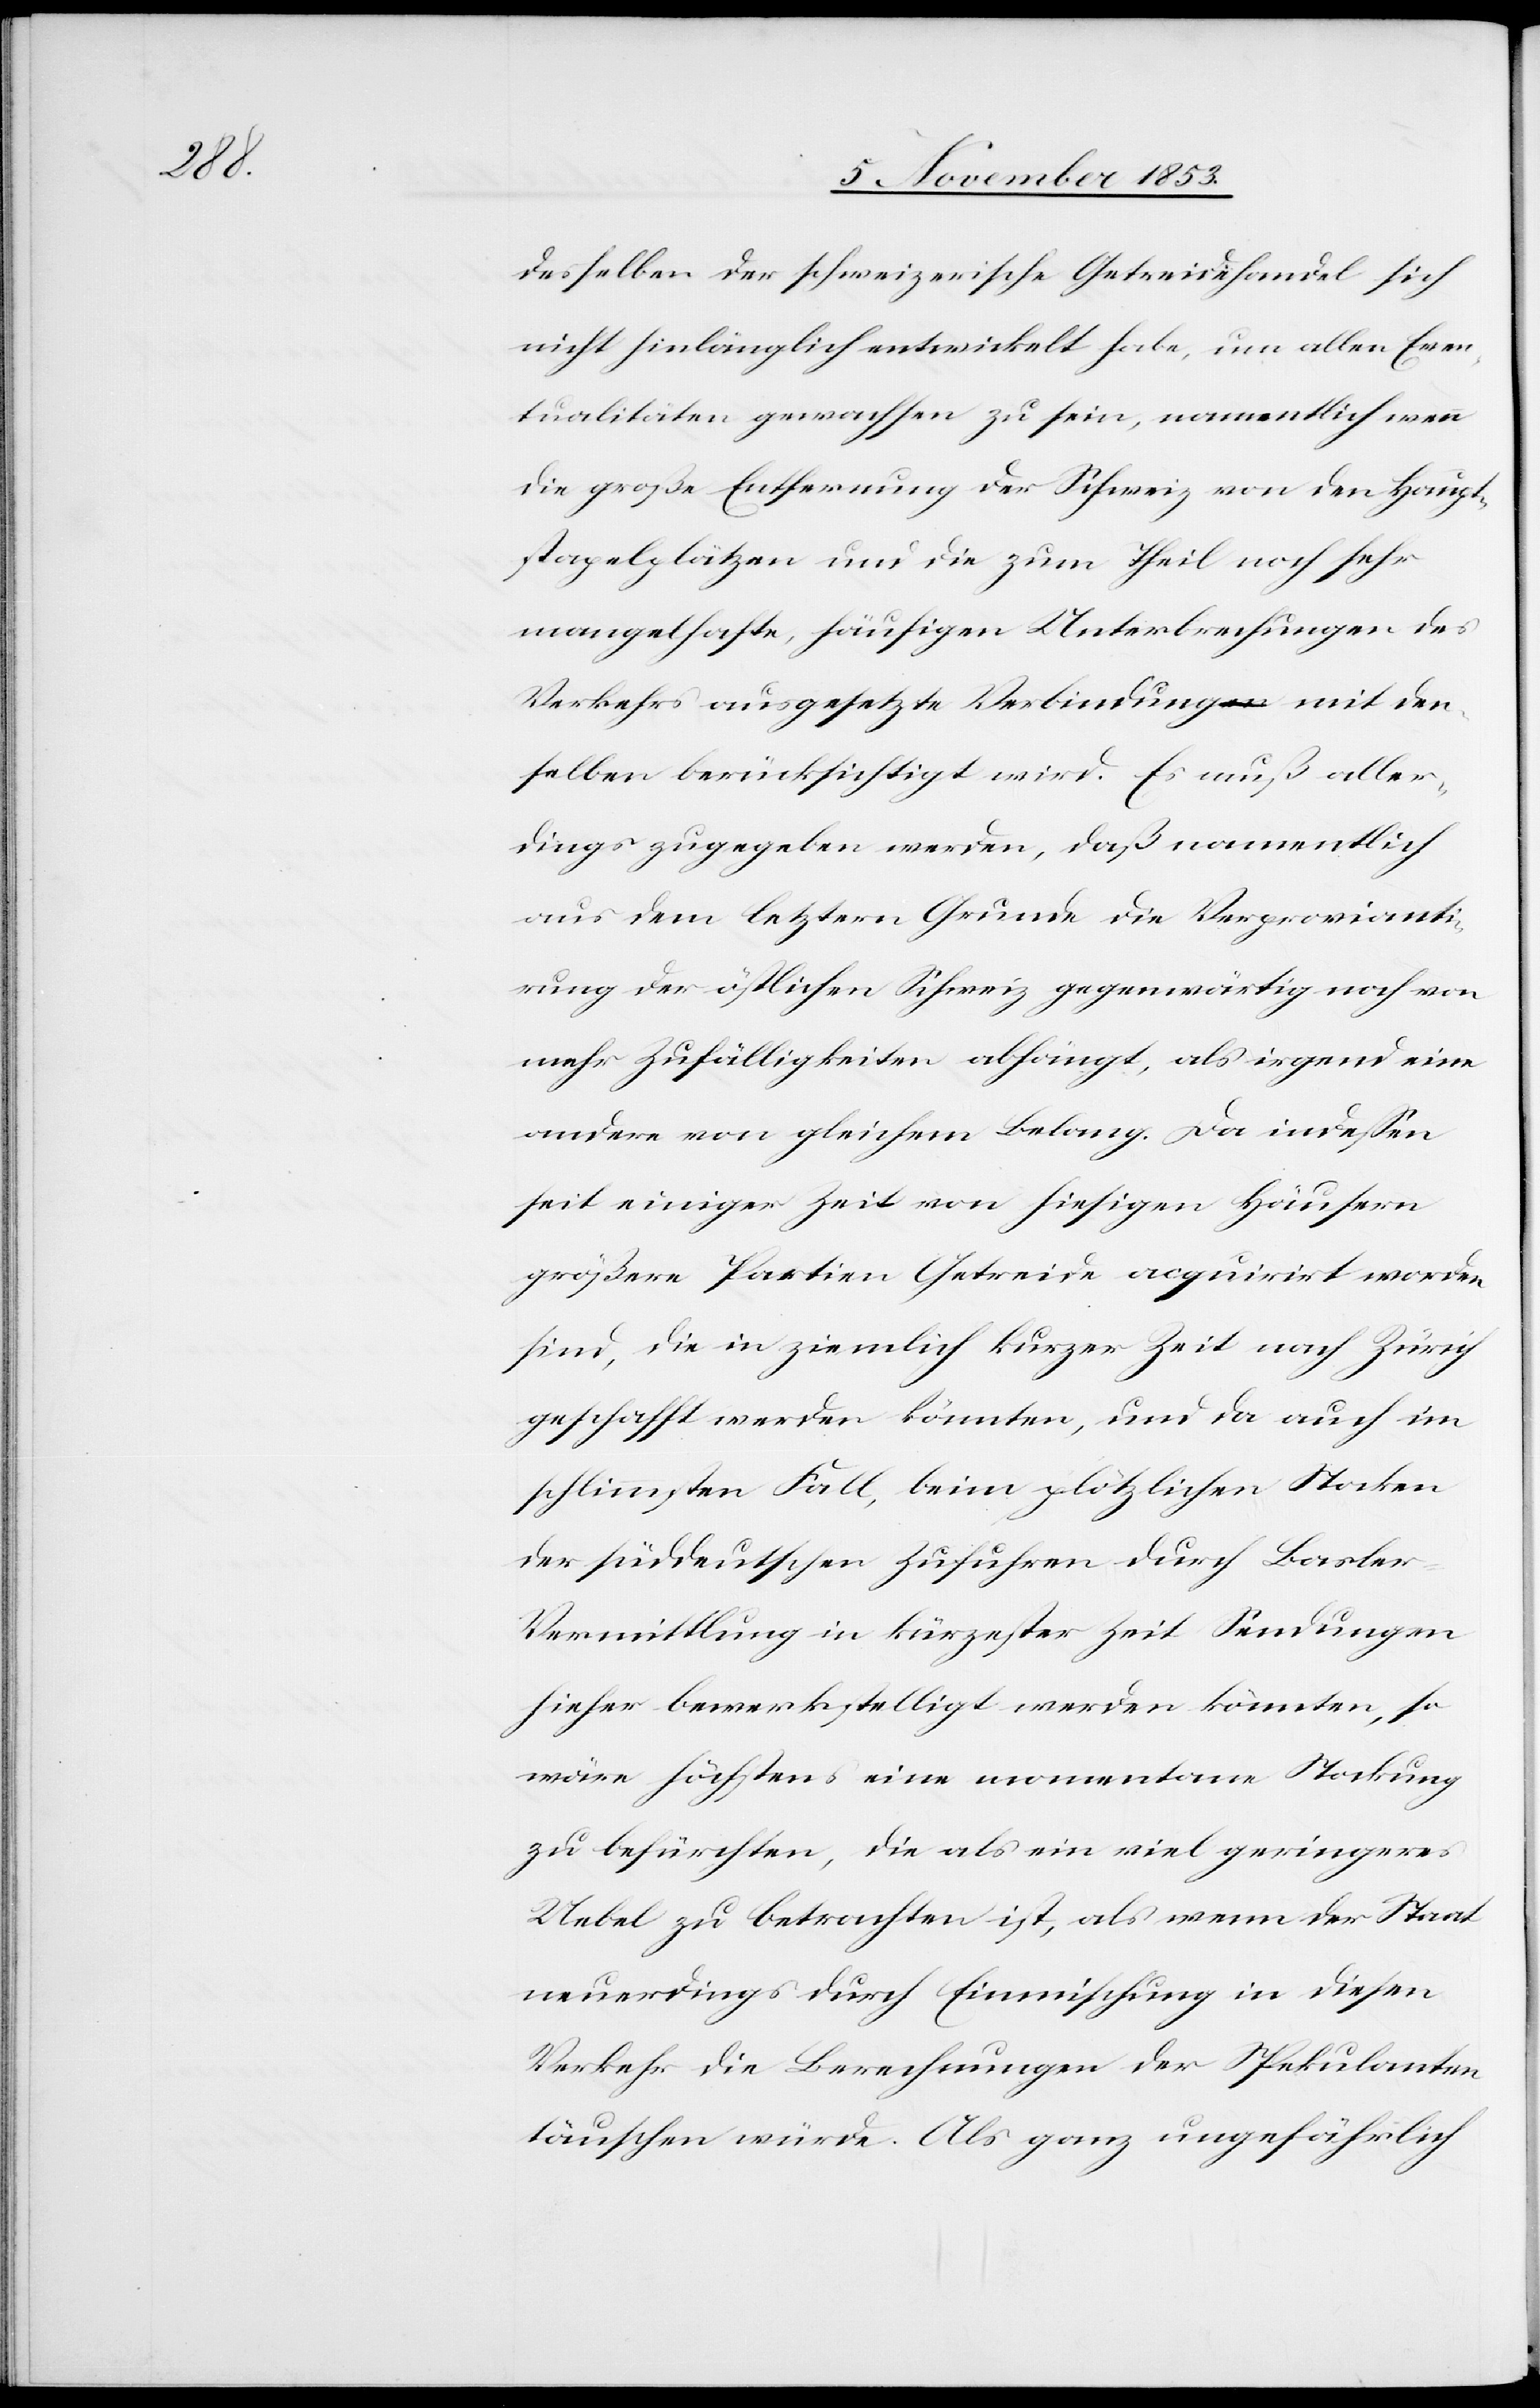
desselben der schweizerische Getreidehandel sich
nicht hinlänglich entwickelt habe, um allen Even¬
tualitäten gewachsen zu sein, namentlich wenn
die große Entfernung der Schweiz von den Haupt¬
stapelplätzen und die zum Theil noch sehr
mangelhafte, häufigen Unterbrechungen des
Verkehrs ausgesetzte Verbindungen mit den¬
selben berücksichtigt wird. Es muß aller¬
dings zugegeben werden, daß namentlich
aus dem letztern Grunde die Verprovianti¬
rung der östlichen Schweiz gegenwärtig noch von
mehr Zufälligkeiten abhängt, als irgend eine
andere von gleichem Belang. Da indeßen
seit einiger Zeit von hiesigen Häusern
größere Partien Getreide acquirirt worden
sind, die in ziemlich kurzer Zeit nach Zürich
geschafft werden könnten, und da auch im
schlimmsten Fall, beim plötzlichen Stocken
der süddeutschen Zufuhren durch Basler-V¬
ermittlung in kürzester Zeit Sendungen
hieher bewerkstelligt werden könnten, so
wäre höchstens eine momentane Stockung
zu befürchten, die als ein viel geringeres
Uebel zu betrachten ist, als wenn der Staat
neuerdings durch Einmischung in diesen
Verkehr die Berechnungen der Spekulanten
täuschen würde. Als ganz ungefährlich